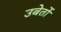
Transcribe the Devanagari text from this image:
उबेर्तो